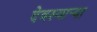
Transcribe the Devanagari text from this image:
देवस्वार्‍या